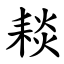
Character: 䎦